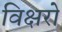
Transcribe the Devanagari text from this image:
विक्षरो